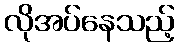
လိုအပ်နေသည့်